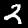
Digit: 2